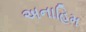
અનાહિમ